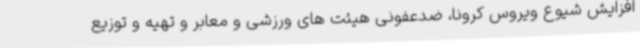
افزایش شیوع ویروس کرونا، ضدعفونی هیئت های ورزشی و معابر و تهیه و توزیع